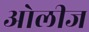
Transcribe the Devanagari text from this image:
ओलीज